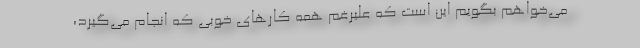
می‌خواهم بگویم این است که علیرغم همه کارهای خوبی که انجام می‌گیرد،